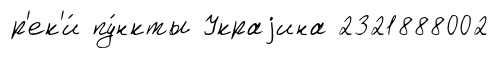
р'ек'и́ пу́нкты Украjина 2321888002